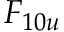
F _ { 1 0 u }